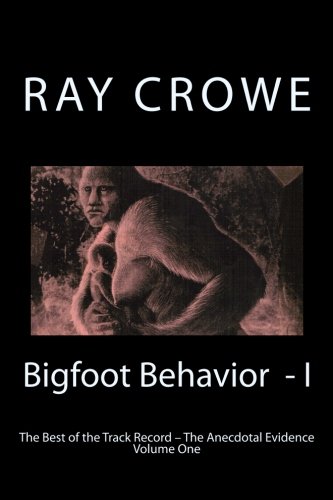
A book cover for Bigfoot Behavior - I: The Anecdotal Evidence (The Best of the Track Record); Ray Crowe; Science & Math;